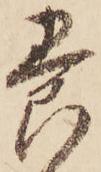
養